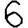
Digit: 6